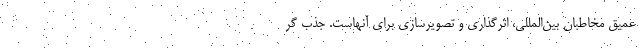
عمیق مخاطبان بین‌المللی، اثرگذاری و تصویرسازی برای آنهاست. جذب گر